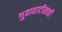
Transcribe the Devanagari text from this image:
गुवाहाटीसाठी